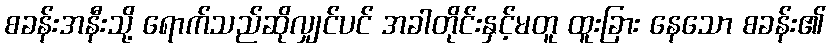
စခန်းအနီးသို့ ရောက်သည်ဆိုလျှင်ပင် အခါတိုင်းနှင့်မတူ ထူးခြား နေသော စခန်း၏